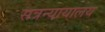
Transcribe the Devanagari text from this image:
सत्रन्यायालय